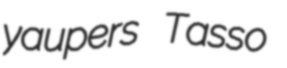
yaupers Tasso